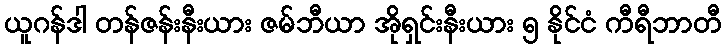
ယူဂန်ဒါ တန်ဇန်းနီးယား ဇမ်ဘီယာ အိုရှင်းနီးယား ၅ နိုင်ငံ ကီရီဘာတီ